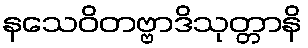
နသေဝိတဗ္ဗာဒိသုတ္တာနိ